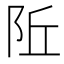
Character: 𬮾